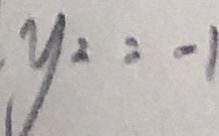
y _ { 2 } = - 1